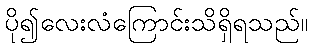
ပို၍လေးလံကြောင်းသိရှိရသည်။